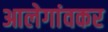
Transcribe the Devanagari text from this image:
आलेगांवकर